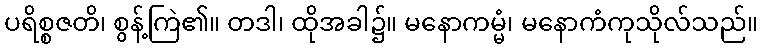
ပရိစ္စဇတိ၊ စွန့်ကြဲ၏။ တဒါ၊ ထိုအခါ၌။ မနောကမ္မံ၊ မနောကံကုသိုလ်သည်။